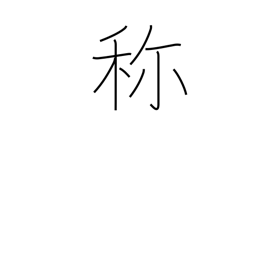
Meaning: name